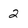
Character: 2